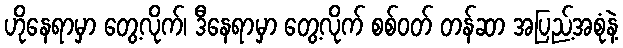
ဟိုနေရာမှာ တွေ့လိုက်၊ ဒီနေရာမှာ တွေ့လိုက် စစ်ဝတ် တန်ဆာ အပြည့်အစုံနဲ့